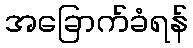
အခြောက်ခံရန်